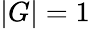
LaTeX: |G|=1